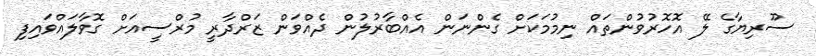
ސޫރިޔާގެ ލޭ އޮހޮރުވުންތައް ނިމުމަކަށް ގެންނަން އެއްބާރުލުން ދެއްވަން ޒަރްދާރީ މުރްސީއަށް ގޮވާލައްވައިފި